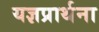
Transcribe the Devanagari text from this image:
यज्ञप्रार्थना